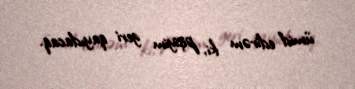
ümid edirəm ki, pişiyim geri qayıdacaq.